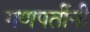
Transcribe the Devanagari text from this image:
गणपतींनी